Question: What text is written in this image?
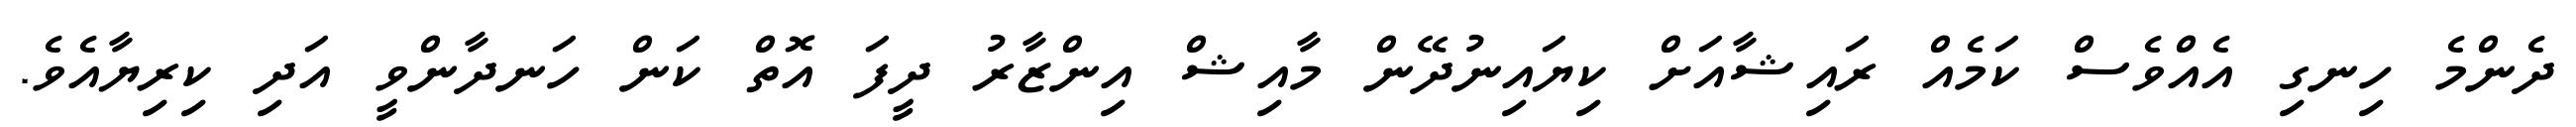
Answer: ދެންމެ ހިނގި އެއްވެސް ކަމެއް ރައިޝާއަށް ކިޔައިނުދޭން މާއިޝް އިންޒާރު ދީފަ އޮތް ކަން ހަނދާންވީ އަދި ކިރިޔާއެވެ.